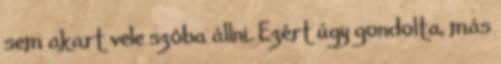
sem akart vele szóba állni. Ezért úgy gondolta, más